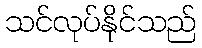
သင်လုပ်နိုင်သည်